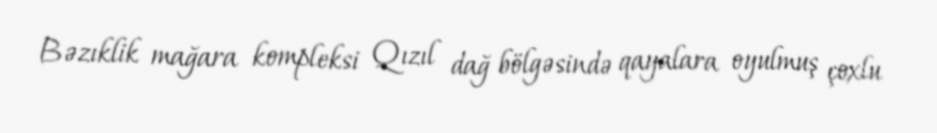
Bəzıklik mağara kompleksi Qızıl dağ bölgəsində qayalara oyulmuş çoxlu